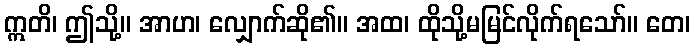
ဣတိ၊ ဤသို့။ အာဟ၊ လျှောက်ဆို၏။ အထ၊ ထိုသို့မမြင်လိုက်ရသော်။ တေ၊